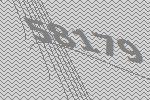
58179